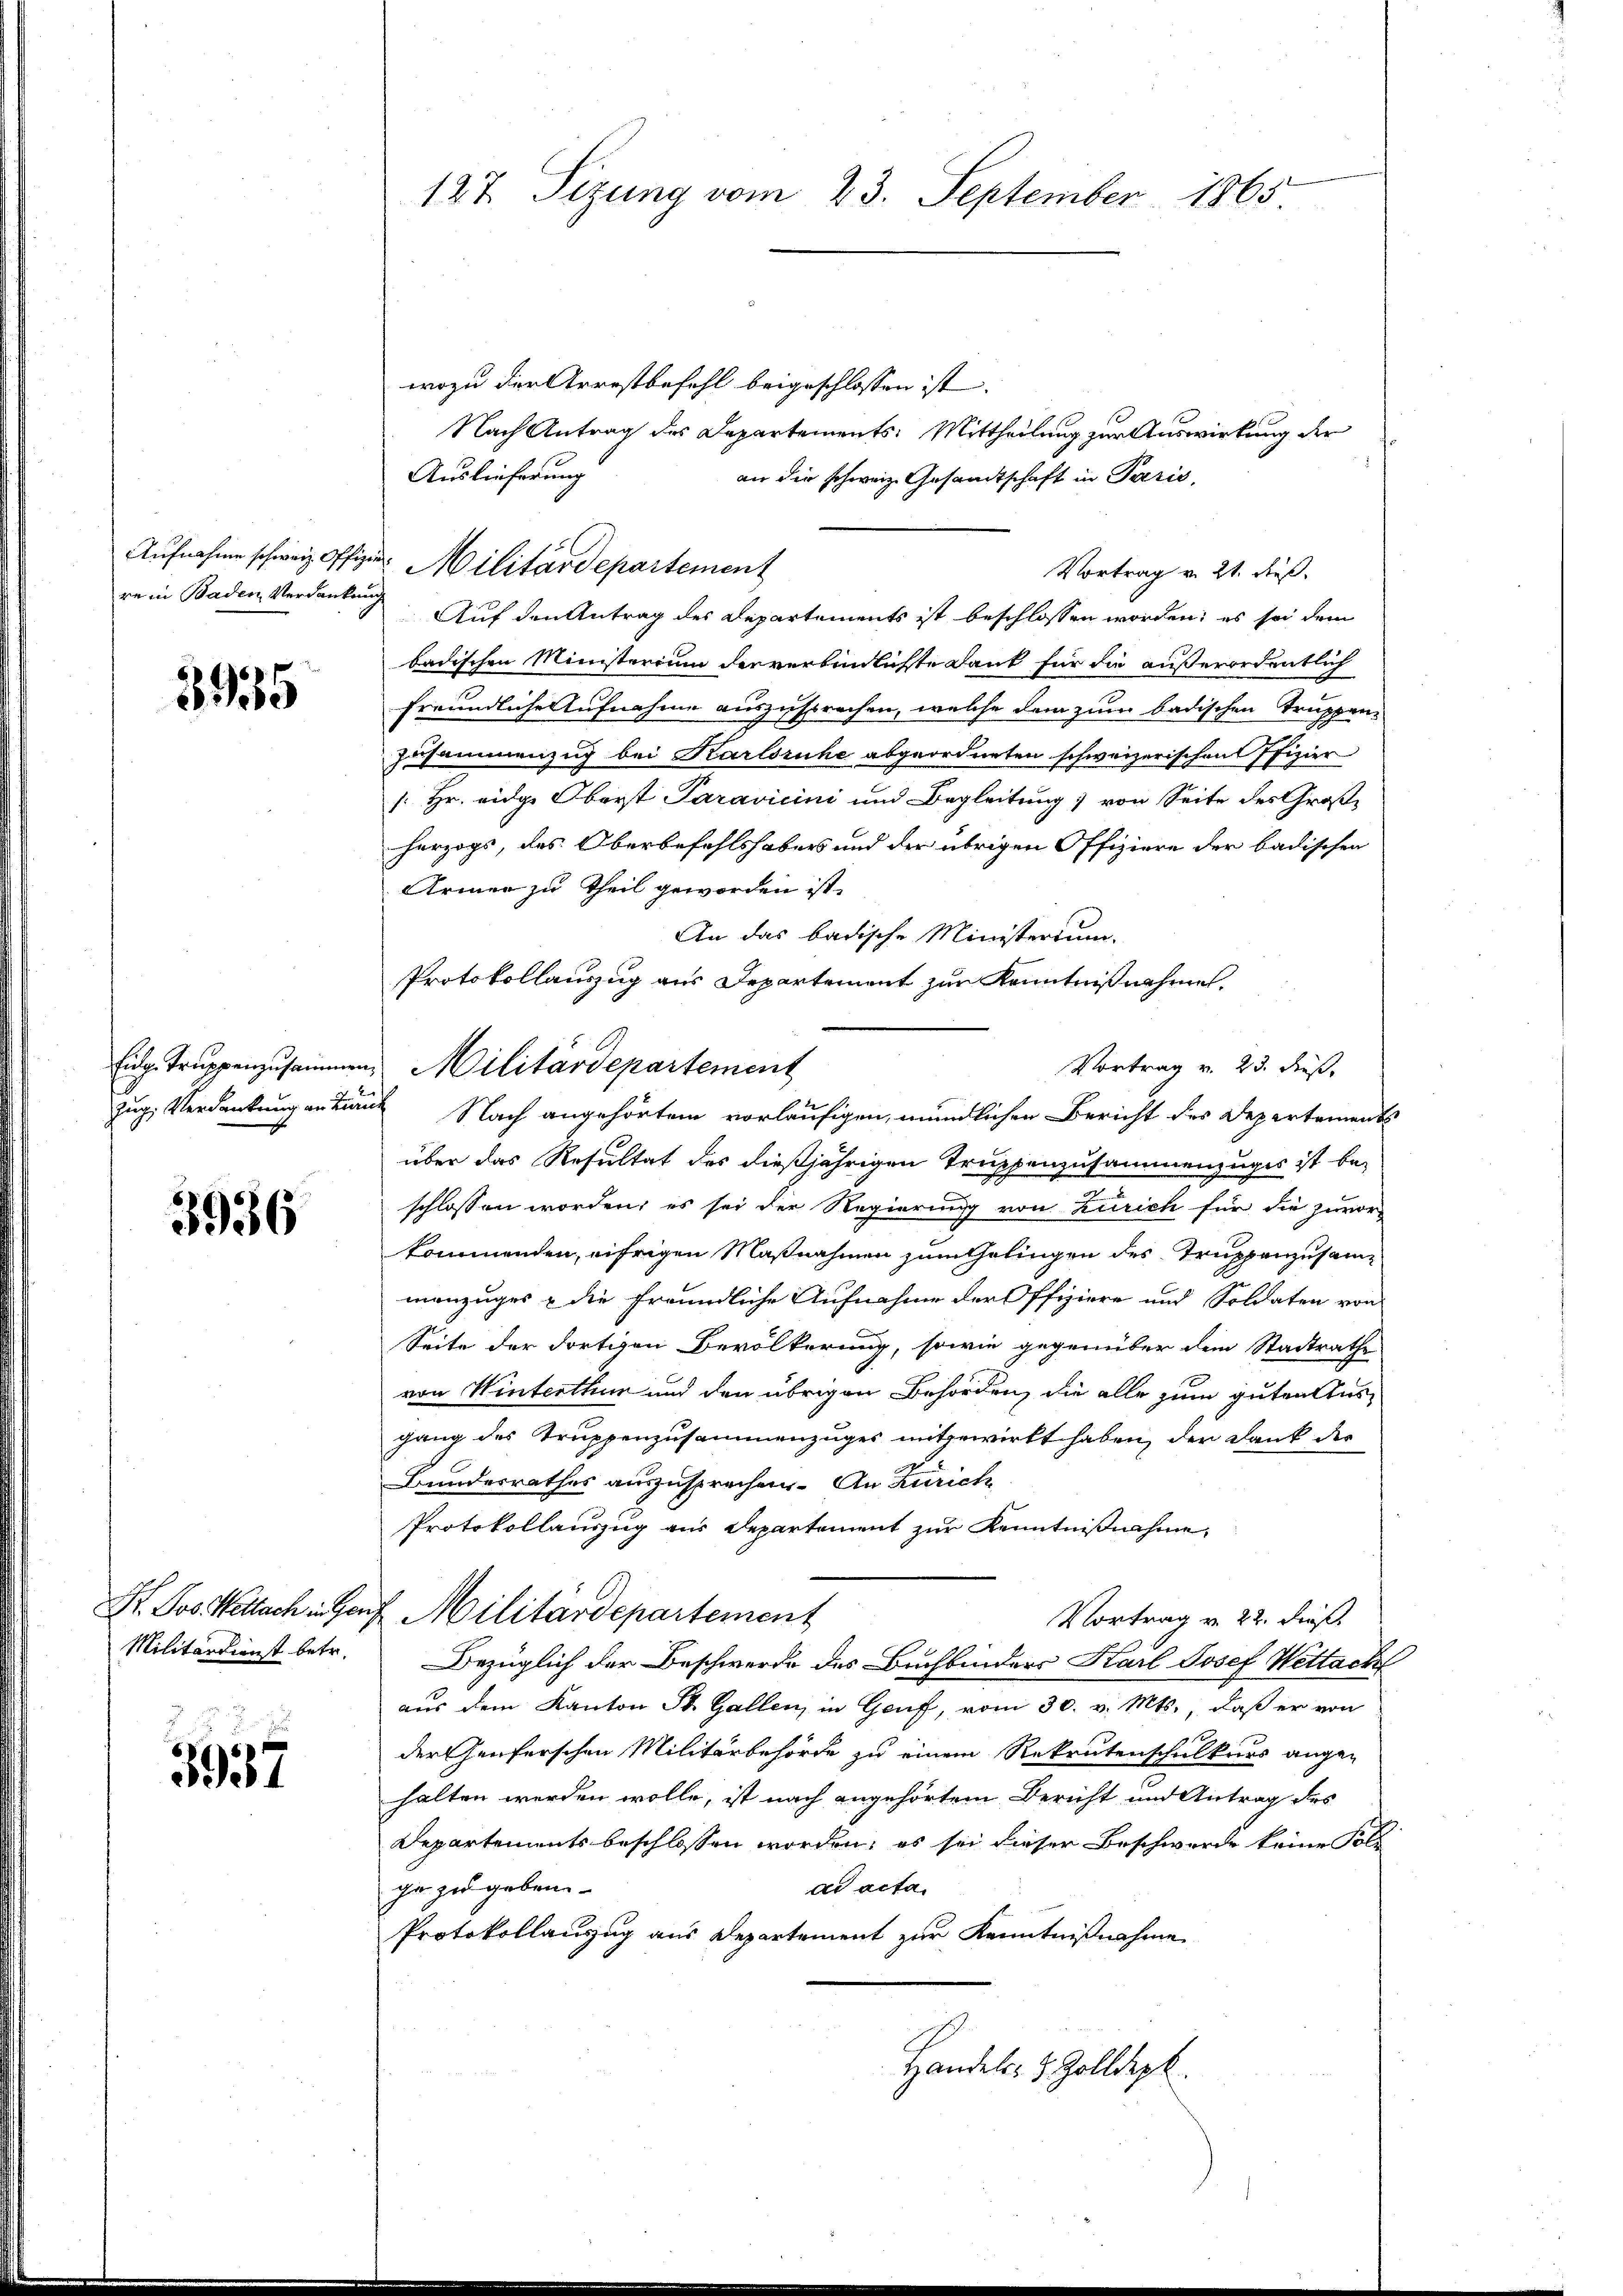
Aufnahme schweiz. Offiz
re in Baden Verdanken

3935

Eidg. Truppenzusammen
Zug, Verdankung an di

3956

St. Jos. Weltach in Ger
Militärdienst betr.

5937

127. Sizung vom 23. September 1865

wozu der Arrestbefehl beigeschlossen ist.
Nach Antrag des Departements: Mittheilung zur Auswirkung der
Auslieferung
an die schweiz. Gesandtschaft in Paris,
Vortrag v. 21. dieß.
Auf den Antrag des Departements ist beschlossen worden, es sei dem
badischen Ministerium der verbindlichste Dank für die außerordentlich
freundliche Aufnahme auszusprechen, welche dem zum badischen Truppen¬
Zusammenzug bei Karlsruhe abgeordneten schweizerischen Pfizier
1: Hr. eidge Oberst Paravicini und Begleitung von Seite des Großherzogs, des Oberbefehlshabers und der übrigen Offiziere der badischen
Armer zu Theil geworden ist,
An das badische Ministerium.
Protokollauszug aus Departement zur Kenntnißnahme,
Vortrag v. 23. dieß,
Nach angehörtem vorläufigen, mündlichen Bericht des Departements
über das Resultat des dießjährigen Truppenzusammenzuges ist be-
schlossen worden; es sei der Regierung von Zürich für die zuvorkommenden, eifrigen Maßnahmen zum Gelingen des Truppenzusammenzuges & die freundliche Aufnahme der Offiziere und Soldaten von
Seite der dortigen Bevölkerung, sowie gegenüber dem Stadtrathe
von Winterthur und den übrigen Behörden, die alle zum guten Ausgang des Truppenzusammenzuges mitgewirkt haben, der Dank des
Bundesrathes auszusprechen. An Zürich
Protokollauszug aus Departement zur Kenntnißnahme,
 Militärdepartement
Vortrag v. 22. dieß.
Bezüglich der Beschwerde des Buchbinders Karl Josef Wettach
aus dem Kanton St. Gallen, in Genf, vom 30. v. Mts., daß er von
der Genferschen Militärbehörde zu einem Rekrutenschulkurs angen
halten werden wolle, ist nach angehörtem Bericht und Antrag des
Departements beschlossen worden; es sei dieser Beschwerde keine Fol-
dd acta.
ge zu geben.
Protokollauszug aus Departement zur Kenntnißnahme
Handels- & Zolldepk.

Militärdepartement

Militärdepartement